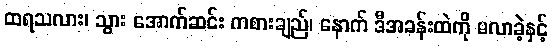
ထရသလား၊ သွား အောက်ဆင်း ကစားချည်၊ နောက် ဒီအခန်းထဲကို မလာခဲ့နှင့်